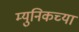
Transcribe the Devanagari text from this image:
म्युनिकच्या